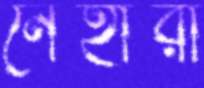
নেহারা